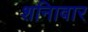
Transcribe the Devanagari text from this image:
शनिावार